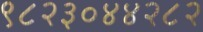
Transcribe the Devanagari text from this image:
९८२३०४४२८२